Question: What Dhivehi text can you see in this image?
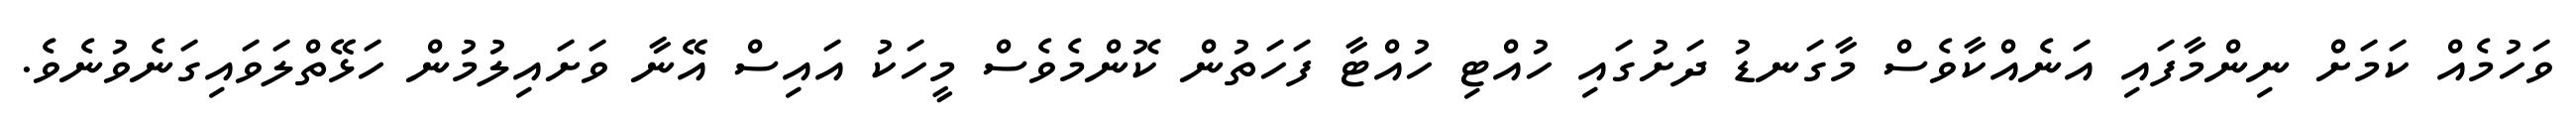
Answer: ވަހުމެއް ކަމަށް ނިންމާފައި އަނެއްކާވެސް މާގަނޑު ދަށުގައި ހުއްޓި ހުއްޓާ ފަހަތުން ކޮންމެވެސް މީހަކު އައިސް އޭނާ ވަށައިލުމުން ހަޅޭތްލަވައިގަނެވުނެވެ.